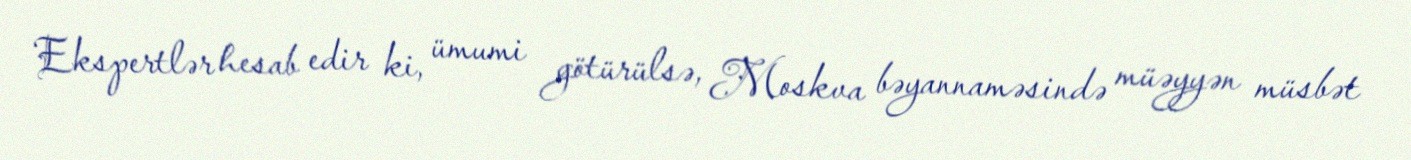
Ekspertlər hesab edir ki, ümumi götürülsə, Moskva bəyannaməsində müəyyən müsbət